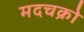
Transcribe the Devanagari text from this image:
मदचक्रो